画像に写った文字を読んでください
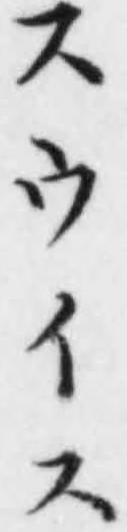
「スウイス」と書いてあります